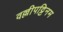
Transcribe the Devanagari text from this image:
वल्लीपट्टिनम